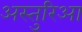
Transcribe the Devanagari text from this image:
अस्तुरिआ